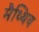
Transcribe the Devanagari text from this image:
मैथ्थिव